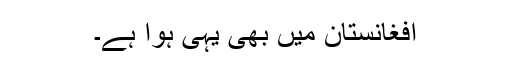
افغانستان میں بھی یہی ہوا ہے۔